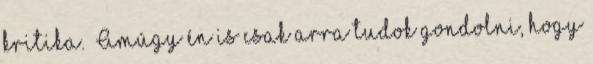
kritika. “Amúgy én is csak arra tudok gondolni, hogy